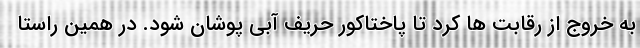
به خروج از رقابت ها کرد تا پاختاکور حریف آبی پوشان شود. در همین راستا